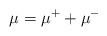
LaTeX: \begin{align*}\mu = \mu^+ + \mu^-\end{align*}